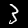
Label: 3